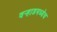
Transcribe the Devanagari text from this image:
वर्‍हाडमध्येच